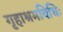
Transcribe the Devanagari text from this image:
गृहाश्रमविधिः